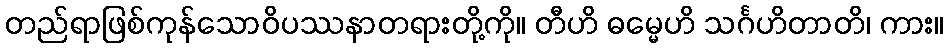
တည်ရာဖြစ်ကုန်သောဝိပဿနာတရားတို့ကို။ တီဟိ ဓမ္မေဟိ သင်္ဂဟိတာတိ၊ ကား။